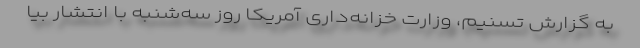
به گزارش تسنیم، وزارت خزانه‌داری آمریکا روز سه‌شنبه با انتشار بیا